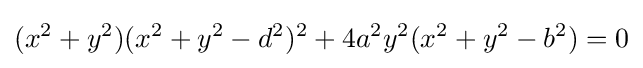
(x^{2}+y^{2})(x^{2}+y^{2}-d^{2})^{2}+4a^{2}y^{2}(x^{2}+y^{2}-b^{2})=0